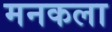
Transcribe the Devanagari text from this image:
मनकला